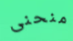
منحنى